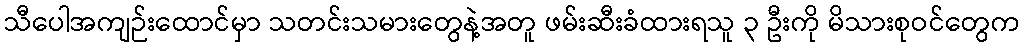
သီပေါအကျဉ်းထောင်မှာ သတင်းသမားတွေနဲ့အတူ ဖမ်းဆီးခံထားရသူ ၃ ဦးကို မိသားစုဝင်တွေက